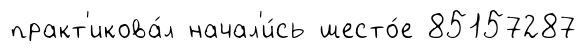
практ'икова́л начал'и́сь шесто́е 85157287